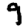
Digit: 9